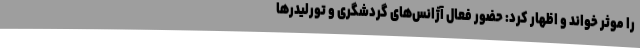
را موثر خواند و اظهار کرد: حضور فعال آژانس‌های گردشگری و تورلیدرها